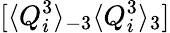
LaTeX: [\langle Q_{i}^{3}\rangle_{-3}\langle Q_{i}^{3}\rangle_{3}]